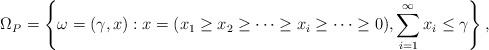
LaTeX: \begin{align*} \Omega_P = \left\{ \omega = (\gamma, x) : x = (x_1 \ge x_2 \ge \dots \ge x_i \ge \dots \ge 0), \sum_{i = 1}^\infty x_i \le \gamma\right\},\end{align*}